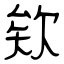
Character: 欸